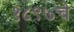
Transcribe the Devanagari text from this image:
१८९७चे